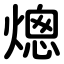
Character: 熜